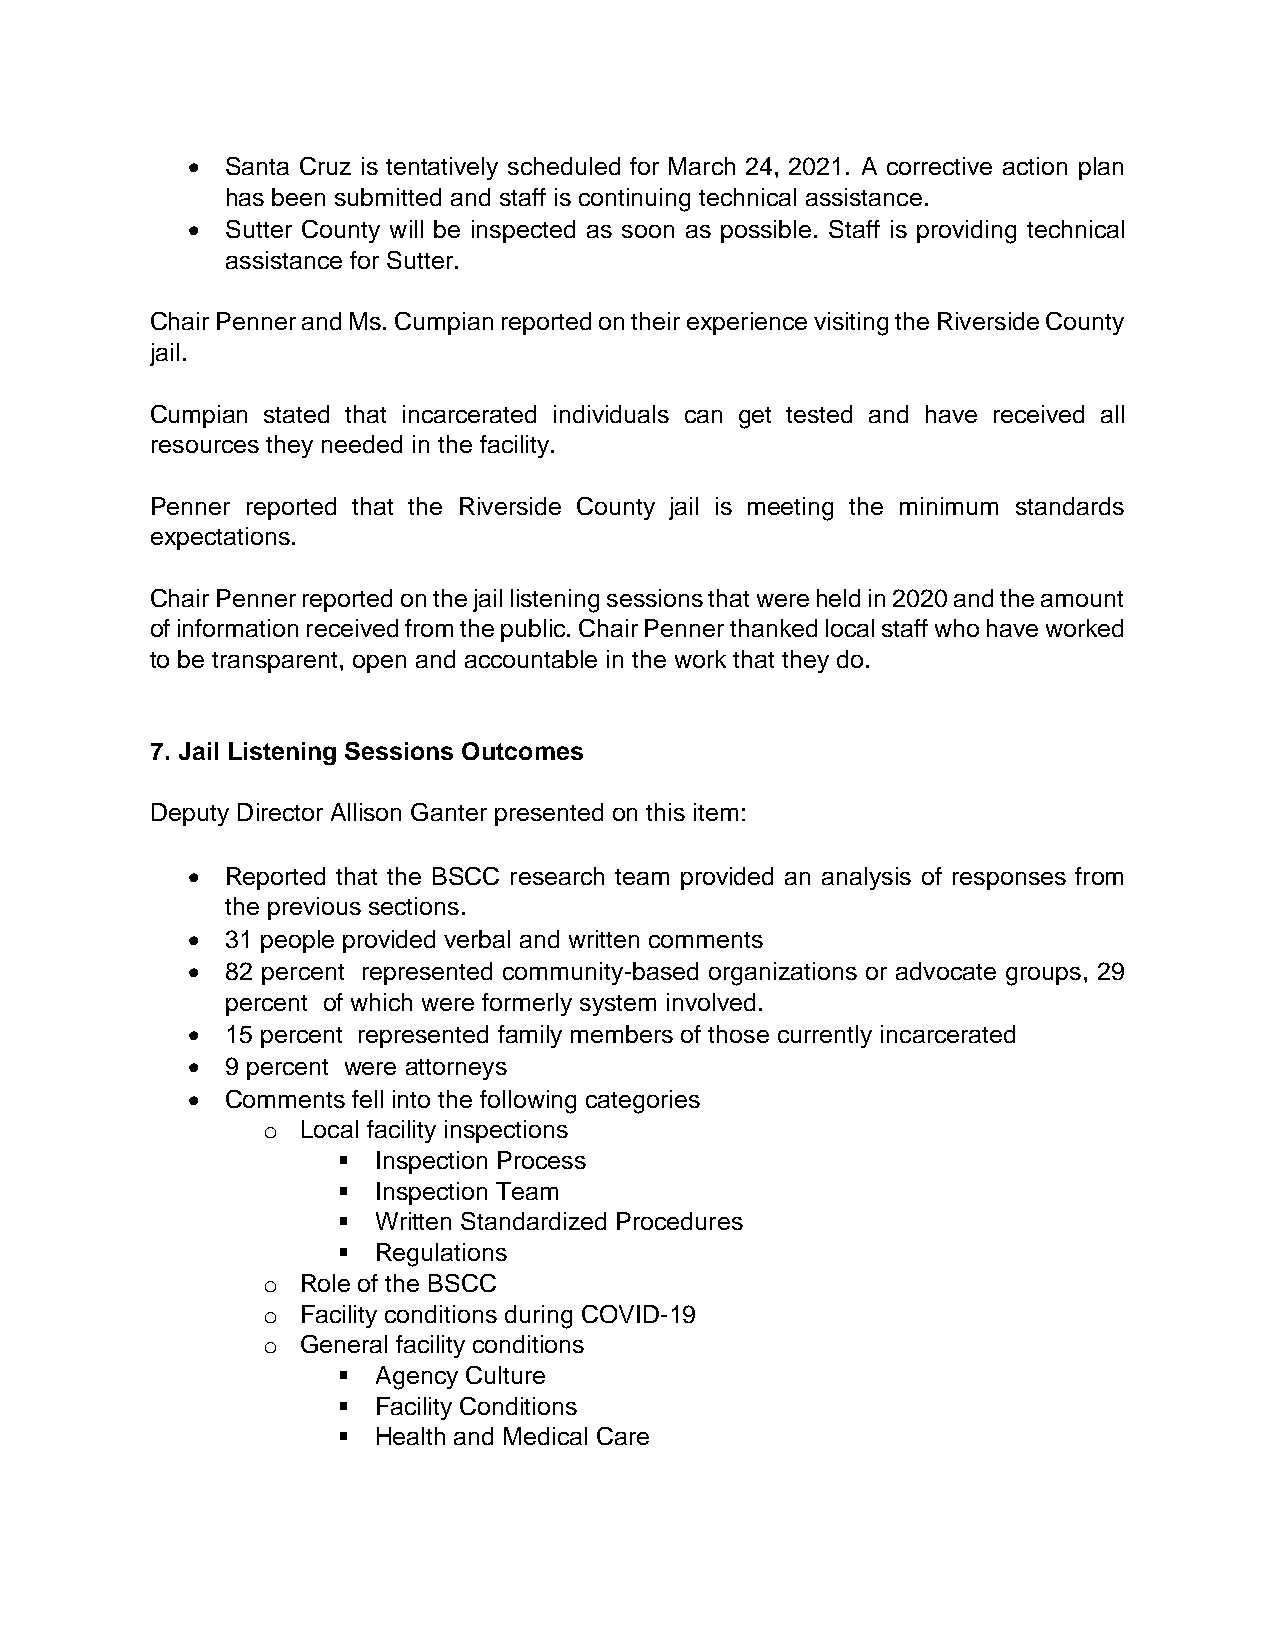
•  Santa Cruz is tentatively scheduled for March 24, 2021. A corrective action plan
 has been submitted and staff is continuing technical assistance.
 •  Sutter County will be inspected as soon as possible. Staff is providing technical
 assistance for Sutter.
 Chair Penner and Ms. Cumpian reported on their experience visiting the Riverside County
 jail.
 Cumpian stated that incarcerated individuals can get tested and have received all
 resources they needed in the facility.
 Penner reported that the Riverside County jail is meeting the minimum standards
 expectations.
 Chair Penner reported on the jail listening sessions that were held in 2020 and the amount
 of information received from the public. Chair Penner thanked local staff who have worked
 to be transparent, open and accountable in the work that they do.
 7. Jail Listening Sessions Outcomes
 Deputy Director Allison Ganter presented on this item:
 •  Reported that the BSCC research team provided an analysis of responses from
 the previous sections.
 •  31 people provided verbal and written comments
 •  82 percent represented community-based organizations or advocate groups, 29
 percent of which were formerly system involved.
 •  15 percent represented family members of those currently incarcerated
 •  9 percent were attorneys
 •  Comments fell into the following categories
 o  Local facility inspections
 ▪  Inspection Process
 ▪  Inspection Team
 ▪  Written Standardized Procedures
 ▪  Regulations
 o  Role of the BSCC
 o  Facility conditions during COVID-19
 o  General facility conditions
 ▪  Agency Culture
 ▪  Facility Conditions
 ▪  Health and Medical Care